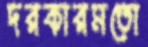
দরকারমতো